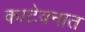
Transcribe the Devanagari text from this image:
काटेवनात